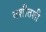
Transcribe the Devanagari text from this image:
तशीतशी